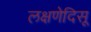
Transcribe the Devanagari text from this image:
लक्षणेदिसू